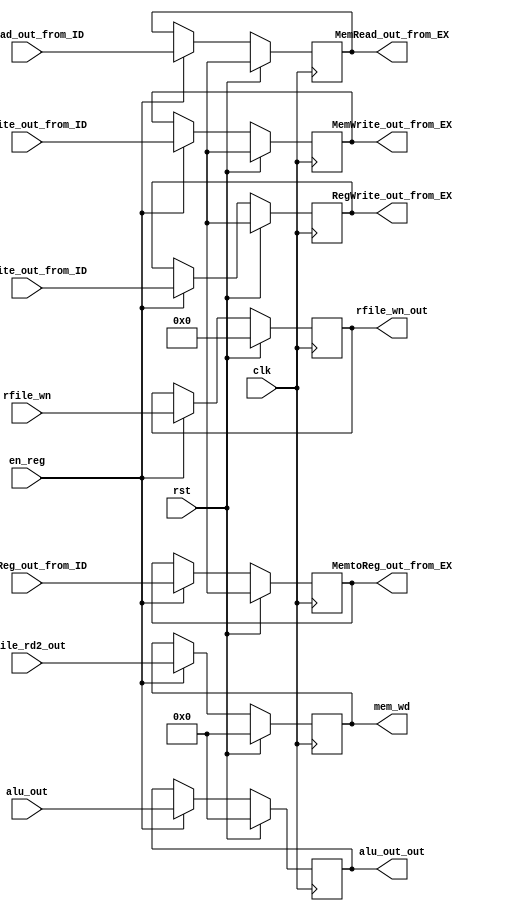

module EX_MEM( en_reg, clk, rst, MemtoReg_out_from_ID, RegWrite_out_from_ID, MemRead_out_from_ID, MemWrite_out_from_ID,
	           MemtoReg_out_from_EX, RegWrite_out_from_EX, MemRead_out_from_EX, MemWrite_out_from_EX,
	       alu_out, alu_out_out,
	       rfile_rd2_out, mem_wd,
	       rfile_wn, rfile_wn_out );

input clk, rst, en_reg;
input MemtoReg_out_from_ID, RegWrite_out_from_ID, MemRead_out_from_ID, MemWrite_out_from_ID;
input [31:0] alu_out, rfile_rd2_out;
input [4:0] rfile_wn;

output MemtoReg_out_from_EX, RegWrite_out_from_EX, MemRead_out_from_EX, MemWrite_out_from_EX;
output [31:0] alu_out_out, mem_wd;
output [4:0] rfile_wn_out;

reg MemtoReg_out_from_EX, RegWrite_out_from_EX, MemRead_out_from_EX, MemWrite_out_from_EX;
reg [31:0] alu_out_out, mem_wd;
reg [4:0] rfile_wn_out;


always@ ( posedge clk )
begin
  if( rst )
  begin
    MemtoReg_out_from_EX <= 1'bx; RegWrite_out_from_EX <= 1'bx;
	MemRead_out_from_EX <= 1'bx; MemWrite_out_from_EX <= 1'bx;

    alu_out_out <= 32'd0;
    mem_wd <= 32'd0;
    rfile_wn_out <= 5'b00000;
  end
  else if ( en_reg )
  begin
    MemtoReg_out_from_EX <= MemtoReg_out_from_ID; RegWrite_out_from_EX <= RegWrite_out_from_ID;
    MemRead_out_from_EX <= MemRead_out_from_ID; MemWrite_out_from_EX <= MemWrite_out_from_ID;

    alu_out_out <= alu_out;
    mem_wd <= rfile_rd2_out;
    rfile_wn_out <= rfile_wn;
  end
end
endmodule